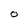
Character: O